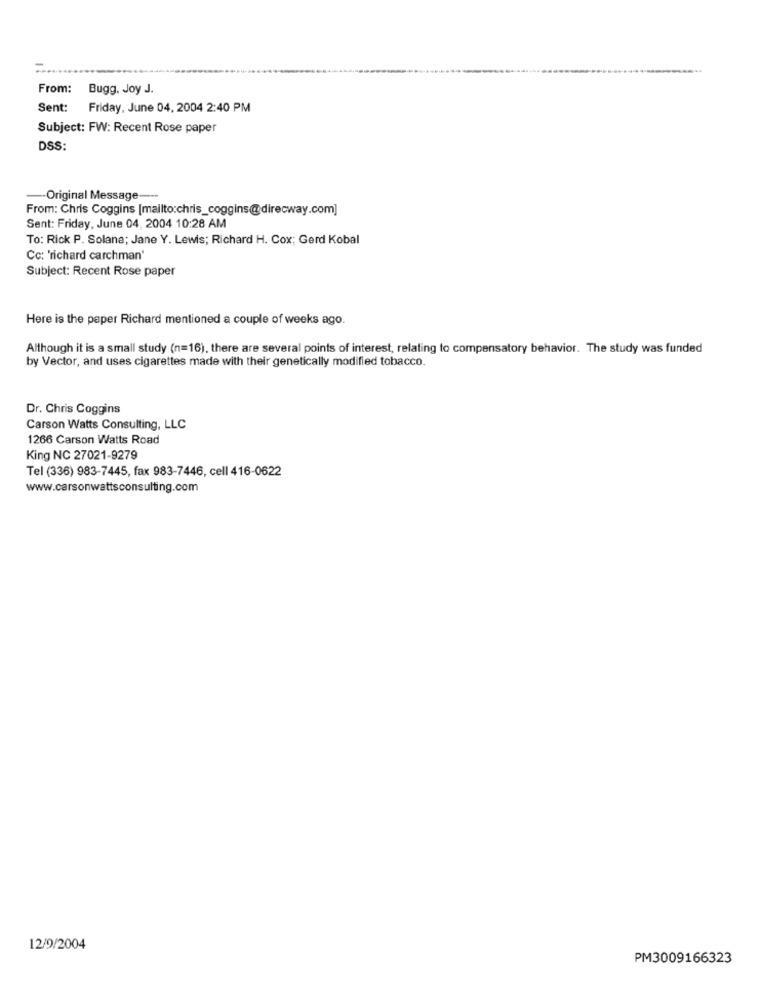
From:
Bugg, Joy J.
Sent:
Friday, June 04, 2004 2:40 PM
Subject: FW: Recent Rose paper
DSS:
-- Original Message ---
From: Chris Coggins [mailto:chris_coggins@direcway.com]
Sent: Friday, June 04, 2004 10:28 AM
To: Rick P. Solana; Jane Y. Lewis; Richard H. Cox; Gerd Kobal
Cc: 'richard carchman'
Subject: Recent Rose paper
Here is the paper Richard mentioned a couple of weeks ago.
Although it is a small study (n=16), there are several points of interest, relating to compensatory behavior. The study was funded
by Vector, and uses cigarettes made with their genetically modified tobacco.
Dr. Chris Coggins
Carson Watts Consulting, LLC
1266 Carson Watts Road
King NC 27021-9279
Tel (336) 983-7445, fax 983-7446, cell 416-0622
www.carsonwattsconsulting.com
12/9/2004
PM3009166323